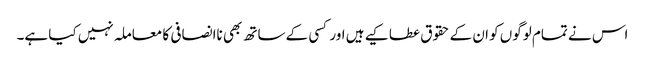
اس نے تمام لوگوں کو ان کے حقوق عطا کیے ہیں اور کسی کے ساتھ بھی ناانصافی کا معاملہ نہیں کیا ہے۔